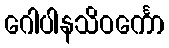
ဂေါပါနသိဝင်္ကော